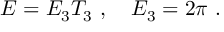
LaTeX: E = E _ { 3 } T _ { 3 } \ , \ \ \ E _ { 3 } = 2 \pi \ .